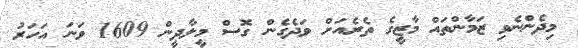
މިދެންނެވި ޒަމާންތައް މާޒީގެ ތެރެއަށް ވަދެގެން ގޮސް މީލާދީން 1609 ވަނަ އަހަރު